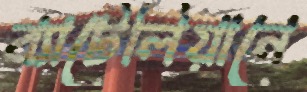
ব্যাটেলিয়ানে